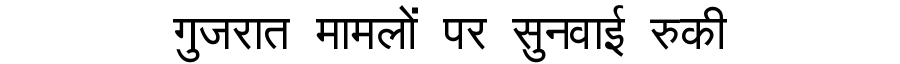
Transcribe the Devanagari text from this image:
गुजरात मामलों पर सुनवाई रुकी